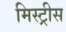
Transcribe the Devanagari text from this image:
मिस्ट्रीस